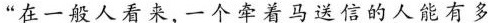
“在一般人看来，一个牵着马送信的人能有多